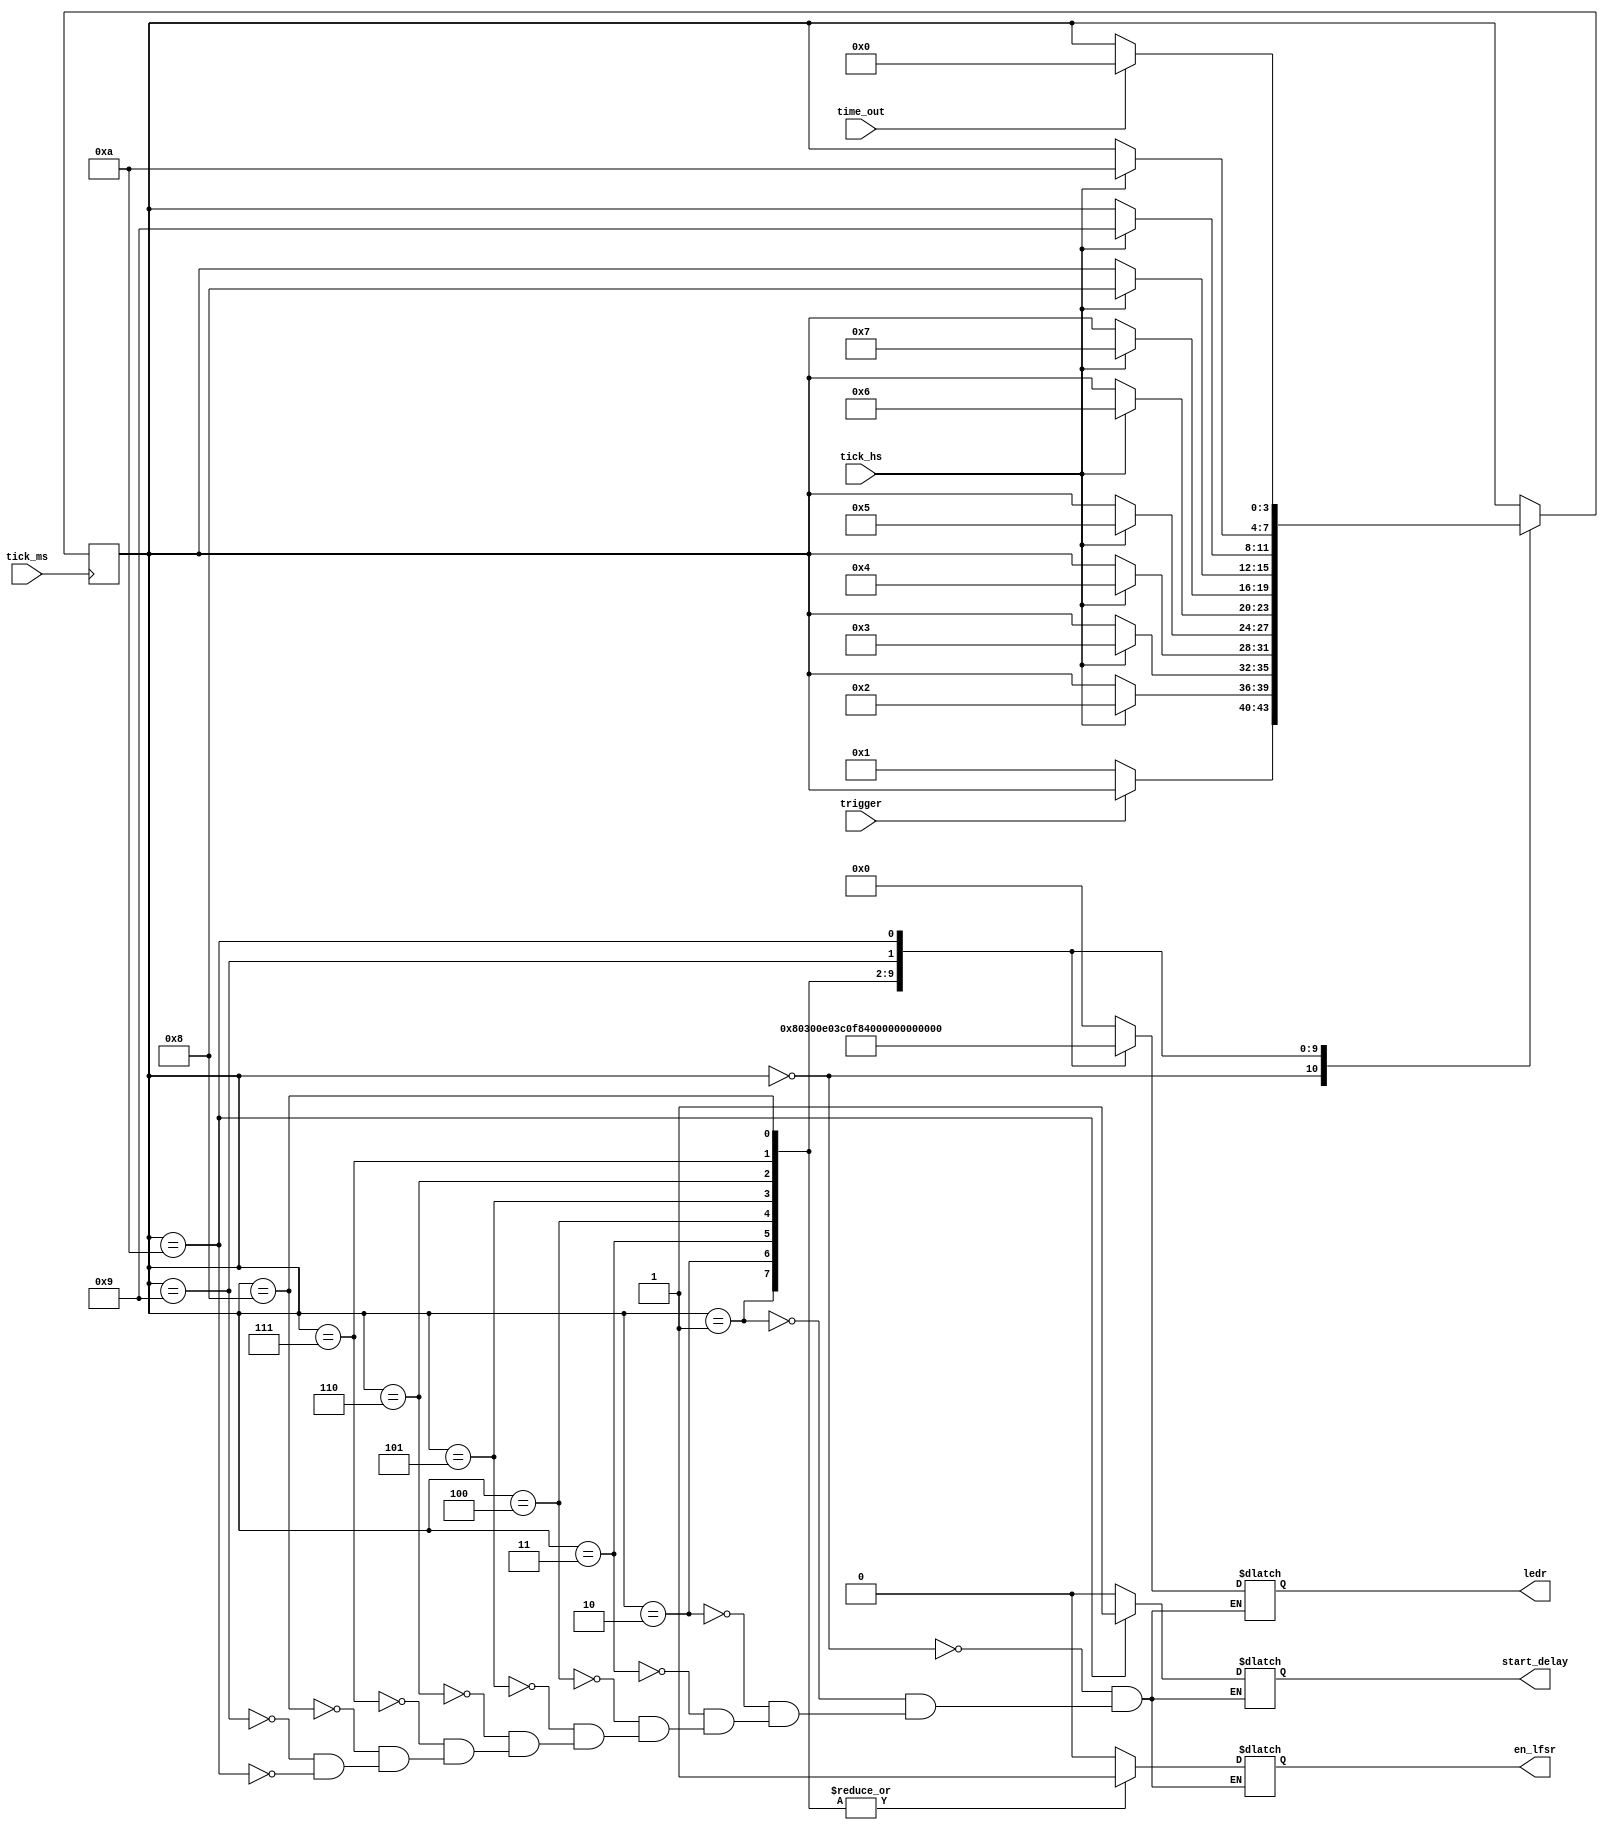
module fsm (
tick_ms,
tick_hs,
trigger,
time_out,
en_lfsr,
start_delay,
ledr
);


input tick_ms, tick_hs, trigger, time_out;
output en_lfsr, start_delay;
output [9:0] ledr;


reg [3:0] state;
reg [9:0] ledr;
reg en_lfsr, start_delay;

initial state = 0;



always @(posedge tick_ms)
	case (state)
		0: 	if (trigger==1'b0)
							state <= 1;
		1:		if (tick_hs == 1)
							state <= 2;
		2:		if (tick_hs == 1)
							state <= 3;
		3:		if (tick_hs == 1)
							state <= 4;
		4:		if (tick_hs == 1)
							state <= 5;
		5:		if (tick_hs == 1)
							state <= 6;
		6:		if (tick_hs == 1)
							state <= 7;
		7:		if (tick_hs == 1)
							state <= 8;
		8:		if (tick_hs == 1)
							state <= 9;
		9:		if (tick_hs == 1)
							state <= 10;
		10:		if (time_out == 1)
							state <= 0;
		
		default:		;
	endcase 
	
always @ (*)
	case(state)
		
		0:		begin 
		en_lfsr <= 1'b0; start_delay <= 1'b0; ledr <= 10'b0000000000; 
		end
		
		1:		begin 
		en_lfsr <= 1'b1; start_delay <= 1'b0; ledr <= 10'b1000000000; 
		end
	
		2:		begin 
		en_lfsr <= 1'b1; start_delay <= 1'b0; ledr <= 10'b1100000000;	
		end
		
		3:		begin 
		en_lfsr <= 1'b1; start_delay <= 1'b0; ledr <= 10'b1110000000;	
		end
		
		4:		begin 
		en_lfsr <= 1'b1; start_delay <= 1'b0; ledr <= 10'b1111000000;	
		end
		
		5:		begin	
		en_lfsr <= 1'b1; start_delay <= 1'b0;	ledr <= 10'b1111100000;	
		end
		
		6:		begin	
		en_lfsr <= 1'b1; start_delay <= 1'b0; ledr <= 10'b1111110000;	
		end
		
		7:		begin 
		en_lfsr <= 1'b1; start_delay <= 1'b0; ledr <= 10'b1111111000;
		end
		
		8:		begin 
		en_lfsr <= 1'b1; start_delay <= 1'b0; ledr <= 10'b1111111100;	
		end
		
		9:		begin	
		en_lfsr <= 1'b0; start_delay <= 1'b0; ledr <= 10'b1111111110;
		end
		
		10:			begin
		en_lfsr <= 1'b0; start_delay <= 1'b1; ledr <= 10'b1111111111;
						end
		default: ;
	
endcase	
	
endmodule